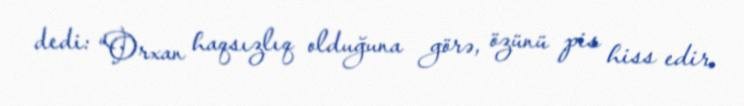
dedi: “Orxan haqsızlıq olduğuna görə, özünü pis hiss edir.